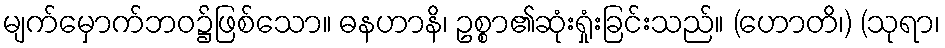
မျက်မှောက်ဘဝ၌ဖြစ်သော။ ဓနဟာနိ၊ ဥစ္စာ၏ဆုံးရှုံးခြင်းသည်။ (ဟောတိ၊) (သုရာ၊